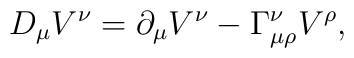
D_\mu V^\nu = \partial_\mu V^\nu - \Gamma_{\mu\rho}^\nu V^\rho,